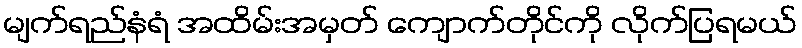
မျက်ရည်နံရံ အထိမ်းအမှတ် ကျောက်တိုင်ကို လိုက်ပြရမယ်